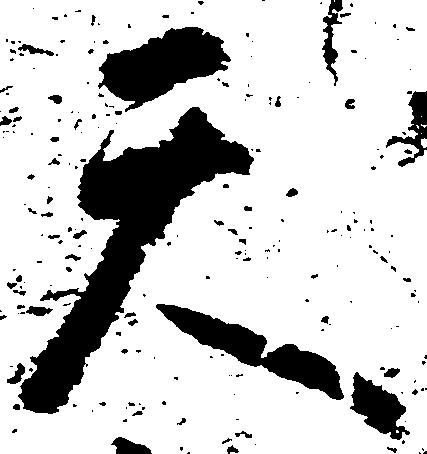
天